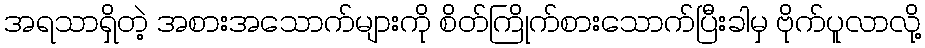
အရသာရှိတဲ့ အစားအသောက်များကို စိတ်ကြိုက်စားသောက်ပြီးခါမှ ဗိုက်ပူလာလို့